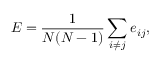
E = \frac 1 { N ( N - 1 ) } \sum _ { i \neq j } e _ { i j } ,